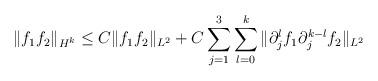
LaTeX: \begin{align*}&\|f_1 f_2\|_{H^k}\leq C\|f_1 f_2\|_{L^2}+C\sum_{j=1}^3\sum_{l=0}^{k}\|\partial_j^{l}f_1 \partial_j^{k-l}f_2\|_{L^2}\end{align*}